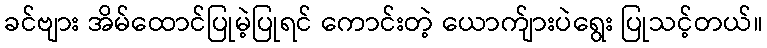
ခင်ဗျား အိမ်ထောင်ပြုမဲ့ပြုရင် ကောင်းတဲ့ ယောက်ျားပဲရွေး ပြုသင့်တယ်။